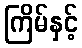
ကြိမ်နှင့်